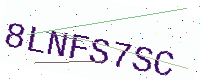
Text: 8LNFS7SC